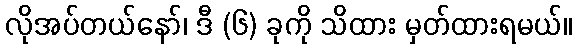
လိုအပ်တယ်နော်၊ ဒီ (၆) ခုကို သိထား မှတ်ထားရမယ်။